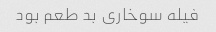
فیله سوخاری بد طعم بود